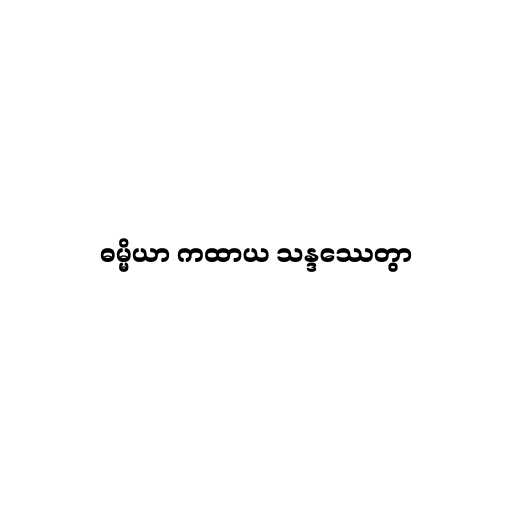
ဓမ္မိယာ ကထာယ သန္ဒဿေတွာ